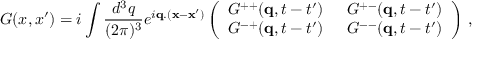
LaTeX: G ( x , x ^ { \prime } ) = i \int \frac { d ^ { 3 } q } { ( 2 \pi ) ^ { 3 } } e ^ { i { \bf q } . ( { \bf x } - { \bf x } ^ { \prime } ) } \left( \begin{array} { l l } { { G ^ { + + } ( { \bf q } , t - t ^ { \prime } ) } } & { { \: \: G ^ { + - } ( { \bf q } , t - t ^ { \prime } ) } } \\ { { G ^ { - + } ( { \bf q } , t - t ^ { \prime } ) } } & { { \: \: G ^ { -- } ( { \bf q } , t - t ^ { \prime } ) } } \end{array} \right) \: ,